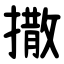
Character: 撒